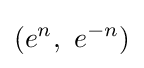
(e^{n},\ e^{-n})